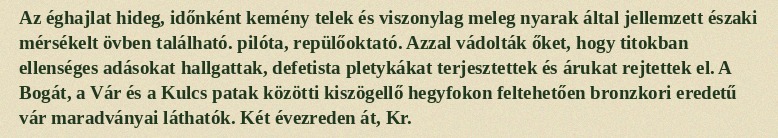
Az éghajlat hideg, időnként kemény telek és viszonylag meleg nyarak által jellemzett északi mérsékelt övben található. pilóta, repülőoktató. Azzal vádolták őket, hogy titokban ellenséges adásokat hallgattak, defetista pletykákat terjesztettek és árukat rejtettek el. A Bogát, a Vár és a Kulcs patak közötti kiszögellő hegyfokon feltehetően bronzkori eredetű vár maradványai láthatók. Két évezreden át, Kr.